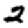
Digit: 2